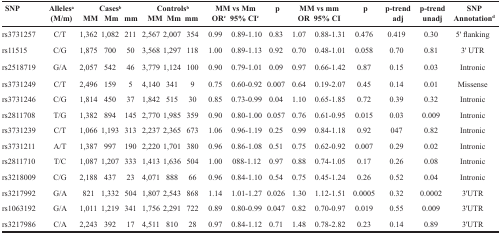
<table><thead><tr><td rowspan="2"><b>SNP</b></td><td><b>Alleles<sup>a</sup></b></td><td colspan="3"><b>Cases<sup>b</sup></b></td><td colspan="3"><b>Controls<sup>b</sup></b></td><td colspan="2"><b>MM vs Mm</b></td><td rowspan="2"><b>p</b></td><td colspan="2"><b>MM vs mm</b></td><td rowspan="2"><b>p</b></td><td rowspan="2"><b>p-trend adj</b></td><td rowspan="2"><b>p-trend unadj</b></td><td rowspan="2"><b>SNP Annotation<sup>d</sup></b></td></tr><tr><td><b>(M/m)</b></td><td><b>MM</b></td><td><b>Mm</b></td><td><b>mm</b></td><td><b>MM</b></td><td><b>Mm</b></td><td><b>mm</b></td><td><b>OR<sup>c</sup></b></td><td><b>95% CI<sup>c</sup></b></td><td><b>OR</b></td><td><b>95% CI</b></td></tr></thead><tbody><tr><td>rs3731257</td><td>C/T</td><td>1,362</td><td>1,082</td><td>211</td><td>2,567</td><td>2,007</td><td>354</td><td>0.99</td><td>0.89-1.10</td><td>0.83</td><td>1.07</td><td>0.88-1.31</td><td>0.476</td><td>0.419</td><td>0.30</td><td>5′ flanking</td></tr><tr><td>rs11515</td><td>C/G</td><td>1,875</td><td>700</td><td>50</td><td>3,568</td><td>1,297</td><td>118</td><td>1.00</td><td>0.89-1.13</td><td>0.92</td><td>0.70</td><td>0.48-1.01</td><td>0.058</td><td>0.70</td><td>0.81</td><td>3′ UTR</td></tr><tr><td>rs2518719</td><td>G/A</td><td>2,057</td><td>542</td><td>46</td><td>3,779</td><td>1,124</td><td>100</td><td>0.90</td><td>0.79-1.01</td><td>0.09</td><td>0.97</td><td>0.66-1.42</td><td>0.87</td><td>0.15</td><td>0.03</td><td>Intronic</td></tr><tr><td>rs3731249</td><td>C/T</td><td>2,496</td><td>159</td><td>5</td><td>4,140</td><td>341</td><td>9</td><td>0.75</td><td>0.60-0.92</td><td>0.007</td><td>0.64</td><td>0.19-2.07</td><td>0.45</td><td>0.14</td><td>0.01</td><td>Missense</td></tr><tr><td>rs3731246</td><td>C/G</td><td>1,814</td><td>450</td><td>37</td><td>1,842</td><td>515</td><td>30</td><td>0.85</td><td>0.73-0.99</td><td>0.04</td><td>1.10</td><td>0.65-1.85</td><td>0.72</td><td>0.39</td><td>0.32</td><td>Intronic</td></tr><tr><td>rs2811708</td><td>T/G</td><td>1,382</td><td>894</td><td>145</td><td>2,770</td><td>1,985</td><td>359</td><td>0.90</td><td>0.80-1.00</td><td>0.057</td><td>0.76</td><td>0.61-0.95</td><td>0.015</td><td>0.03</td><td>0.009</td><td>Intronic</td></tr><tr><td>rs3731239</td><td>C/T</td><td>1,066</td><td>1,193</td><td>313</td><td>2,237</td><td>2,365</td><td>673</td><td>1.06</td><td>0.96-1.19</td><td>0.25</td><td>0.99</td><td>0.84-1.18</td><td>0.92</td><td>047</td><td>0.82</td><td>Intronic</td></tr><tr><td>rs3731211</td><td>A/T</td><td>1,387</td><td>997</td><td>190</td><td>2,220</td><td>1,701</td><td>380</td><td>0.96</td><td>0.86-1.08</td><td>0.51</td><td>0.75</td><td>0.62-0.92</td><td>0.007</td><td>0.29</td><td>0.02</td><td>Intronic</td></tr><tr><td>rs2811710</td><td>T/C</td><td>1,087</td><td>1,207</td><td>333</td><td>1,413</td><td>1,636</td><td>504</td><td>1.00</td><td>088-1.12</td><td>0.97</td><td>0.88</td><td>0.74-1.05</td><td>0.17</td><td>0.26</td><td>0.08</td><td>Intronic</td></tr><tr><td>rs3218009</td><td>C/G</td><td>2,188</td><td>437</td><td>23</td><td>4,071</td><td>888</td><td>66</td><td>0.96</td><td>0.84-1.10</td><td>0.54</td><td>0.75</td><td>0.45-1.24</td><td>0.26</td><td>0.52</td><td>0.04</td><td>Intronic</td></tr><tr><td>rs3217992</td><td>G/A</td><td>821</td><td>1,332</td><td>504</td><td>1,807</td><td>2,543</td><td>868</td><td>1.14</td><td>1.01-1.27</td><td>0.026</td><td>1.30</td><td>1.12-1.51</td><td>0.0005</td><td>0.32</td><td>0.0002</td><td>3′UTR</td></tr><tr><td>rs1063192</td><td>G/A</td><td>1,011</td><td>1,219</td><td>341</td><td>1,756</td><td>2,291</td><td>722</td><td>0.89</td><td>0.80-0.99</td><td>0.047</td><td>0.82</td><td>0.70-0.97</td><td>0.019</td><td>0.55</td><td>0.009</td><td>3′UTR</td></tr><tr><td>rs3217986</td><td>C/A</td><td>2,243</td><td>392</td><td>17</td><td>4,511</td><td>810</td><td>28</td><td>0.97</td><td>0.84-1.12</td><td>0.71</td><td>1.48</td><td>0.78-2.82</td><td>0.23</td><td>0.14</td><td>0.89</td><td>3′UTR</td></tr></tbody></table>